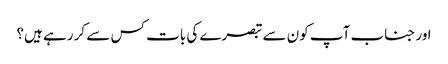
اور جناب آپ کون سے تبصرے کی بات کس سے کر رہے ہیں؟